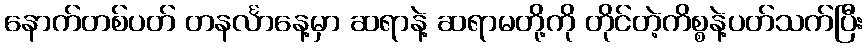
နောက်တစ်ပတ် တနင်္လာနေ့မှာ ဆရာနဲ့ ဆရာမတို့ကို တိုင်တဲ့ကိစ္စနဲ့ပတ်သက်ပြီး